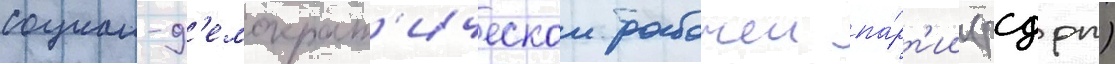
социал-д'емократ'ическои рабочеи па́рт'ии (рсдрп)